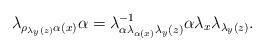
LaTeX: \begin{align*}\lambda_{\rho_{\lambda_{y}(z)}\alpha(x)}\alpha & =\lambda_{\alpha\lambda_{\alpha(x)}\lambda_{y}(z)}^{-1}\alpha\lambda_{x}\lambda_{\lambda_{y}(z)}.\end{align*}